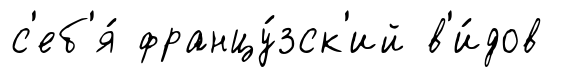
с'еб'я́ францу́зск'ий в'и́дов